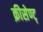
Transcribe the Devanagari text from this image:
क्रीसेण्ट्